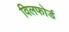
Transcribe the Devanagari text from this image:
विलफोर्ड